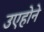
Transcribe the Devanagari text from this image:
उएहोने